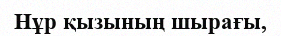
Нұр қызының шырағы,